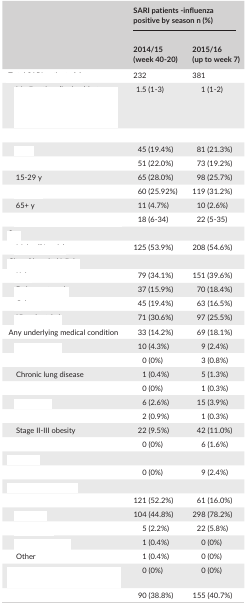
<table><thead><tr><td rowspan="2">[EMPTY_CELL]</td><td colspan="2"><b>SARI patients ‐influenza positive by season n (%)</b></td></tr><tr><td><b>2014/15 (week 40‐20)</b></td><td><b>2015/16 (up to week 7)</b></td></tr></thead><tbody><tr><td>[EMPTY_CELL]</td><td>232</td><td>381</td></tr><tr><td>[EMPTY_CELL]</td><td>1.5 (1‐3)</td><td>1 (1‐2)</td></tr><tr><td colspan="3">[EMPTY_CELL]</td></tr><tr><td>[EMPTY_CELL]</td><td>45 (19.4%)</td><td>81 (21.3%)</td></tr><tr><td>[EMPTY_CELL]</td><td>51 (22.0%)</td><td>73 (19.2%)</td></tr><tr><td>15‐29 y</td><td>65 (28.0%)</td><td>98 (25.7%)</td></tr><tr><td>[EMPTY_CELL]</td><td>60 (25.92%)</td><td>119 (31.2%)</td></tr><tr><td>65+ y</td><td>11 (4.7%)</td><td>10 (2.6%)</td></tr><tr><td>[EMPTY_CELL]</td><td>18 (6‐34)</td><td>22 (5‐35)</td></tr><tr><td colspan="3">[EMPTY_CELL]</td></tr><tr><td>[EMPTY_CELL]</td><td>125 (53.9%)</td><td>208 (54.6%)</td></tr><tr><td colspan="3">[EMPTY_CELL]</td></tr><tr><td>[EMPTY_CELL]</td><td>79 (34.1%)</td><td>151 (39.6%)</td></tr><tr><td>[EMPTY_CELL]</td><td>37 (15.9%)</td><td>70 (18.4%)</td></tr><tr><td>[EMPTY_CELL]</td><td>45 (19.4%)</td><td>63 (16.5%)</td></tr><tr><td>[EMPTY_CELL]</td><td>71 (30.6%)</td><td>97 (25.5%)</td></tr><tr><td>Any underlying medical condition</td><td>33 (14.2%)</td><td>69 (18.1%)</td></tr><tr><td>[EMPTY_CELL]</td><td>10 (4.3%)</td><td>9 (2.4%)</td></tr><tr><td>[EMPTY_CELL]</td><td>0 (0%)</td><td>3 (0.8%)</td></tr><tr><td>Chronic lung disease</td><td>1 (0.4%)</td><td>5 (1.3%)</td></tr><tr><td>[EMPTY_CELL]</td><td>0 (0%)</td><td>1 (0.3%)</td></tr><tr><td>[EMPTY_CELL]</td><td>6 (2.6%)</td><td>15 (3.9%)</td></tr><tr><td>[EMPTY_CELL]</td><td>2 (0.9%)</td><td>1 (0.3%)</td></tr><tr><td>Stage II‐III obesity</td><td>22 (9.5%)</td><td>42 (11.0%)</td></tr><tr><td>[EMPTY_CELL]</td><td>0 (0%)</td><td>6 (1.6%)</td></tr><tr><td colspan="3">[EMPTY_CELL]</td></tr><tr><td>[EMPTY_CELL]</td><td>0 (0%)</td><td>9 (2.4%)</td></tr><tr><td colspan="3">[EMPTY_CELL]</td></tr><tr><td>[EMPTY_CELL]</td><td>121 (52.2%)</td><td>61 (16.0%)</td></tr><tr><td>[EMPTY_CELL]</td><td>104 (44.8%)</td><td>298 (78.2%)</td></tr><tr><td>[EMPTY_CELL]</td><td>5 (2.2%)</td><td>22 (5.8%)</td></tr><tr><td>[EMPTY_CELL]</td><td>1 (0.4%)</td><td>0 (0%)</td></tr><tr><td>Other</td><td>1 (0.4%)</td><td>0 (0%)</td></tr><tr><td>[EMPTY_CELL]</td><td>0 (0%)</td><td>0 (0%)</td></tr><tr><td>[EMPTY_CELL]</td><td>90 (38.8%)</td><td>155 (40.7%)</td></tr></tbody></table>